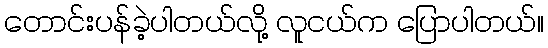
တောင်းပန်ခဲ့ပါတယ်လို့ လူငယ်က ပြောပါတယ်။